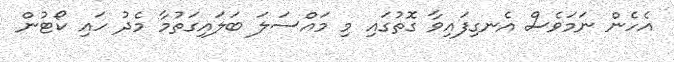
އެހެން ނަމަވެސް އެނގިފައިވާ ގޮތުގައި މި މައްސަލަ ބަލައިގަތުމާ މެދު ހައި ކޯޓުން